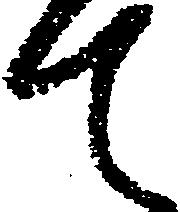
て